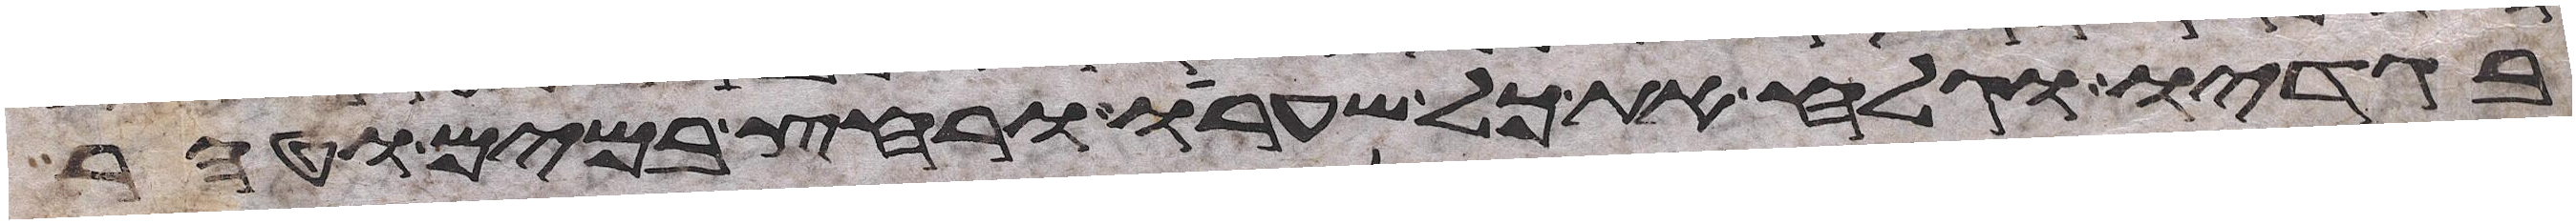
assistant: בגדיו וגלח את כל שערו ורחץ במים וטהר